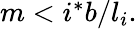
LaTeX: \begin{array}{r}{m<i^{*}b/l_{i}.}\end{array}